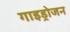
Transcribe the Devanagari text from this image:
गाइड्रोजन